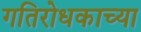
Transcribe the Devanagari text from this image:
गतिरोधकाच्या